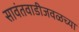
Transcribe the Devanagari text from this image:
सावंतवाडीजवळच्या